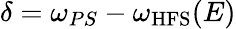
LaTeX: \delta=\omega_{PS}-\omega_{\mathrm{{HFS}}}(E)